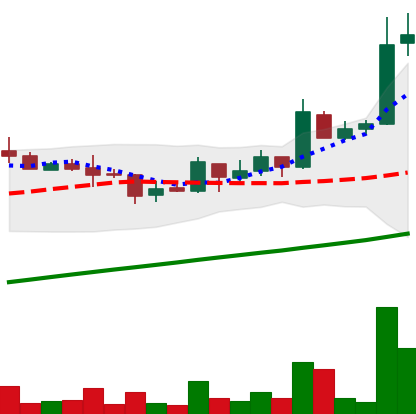
Ticker: LTC-USD
Chart end date: 2017-08-28
Forward return: 26.732%
Label: up_7plus